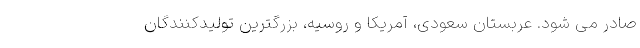
صادر می شود. عربستان سعودی، آمریکا و روسیه، بزرگترین تولیدکنندگان